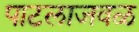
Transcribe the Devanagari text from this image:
पाटलाजवळ